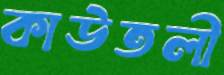
কাউতলী